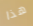
هذا